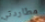
مطاردتي